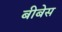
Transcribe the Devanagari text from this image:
बीबेस